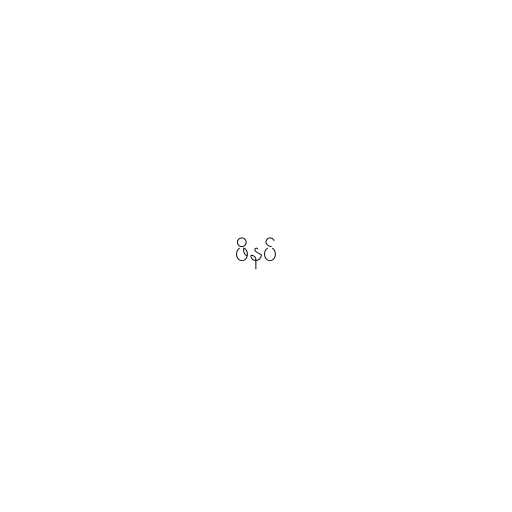
ဖိနပ်